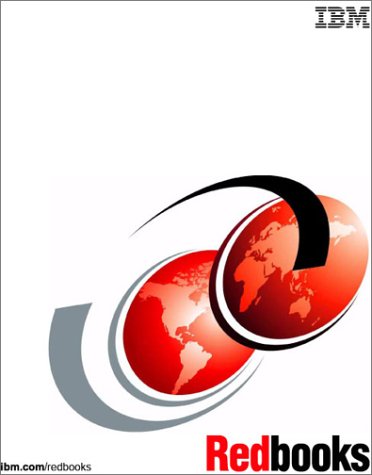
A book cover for Exploiting Ssa Disk Subsystems in Sun Solaris Platform Environments; IBM Redbooks; Computers & Technology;